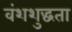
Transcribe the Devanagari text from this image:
वंशशुद्धता